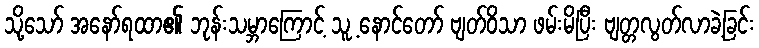
သို့သော် အနော်ရထာ၏ ဘုန်းသမ္ဘာကြောင့် သူ့ နောင်တော် ဗျတ်ဝိသာ ဖမ်းမိပြီး ဗျတ္တလွတ်လာခဲ့ခြင်း